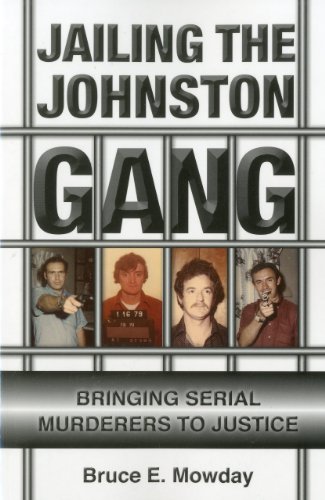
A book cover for Jailing the Johnston Gang: Bringing Serial Murderers to Justice; Bruce E. Mowday; Biographies & Memoirs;